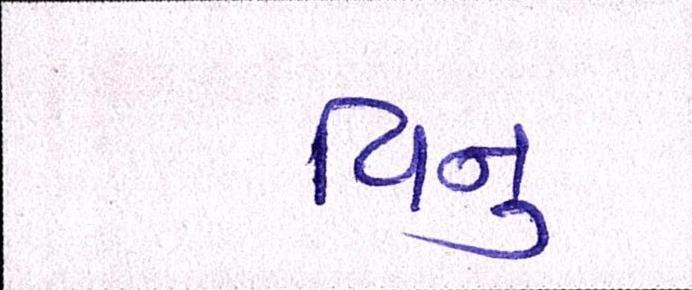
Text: વિનુ